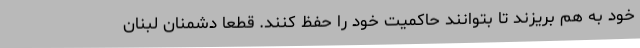
خود به هم بریزند تا بتوانند حاکمیت خود را حفظ کنند. قطعاً دشمنان لبنان